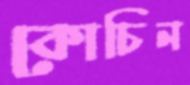
কোচিন